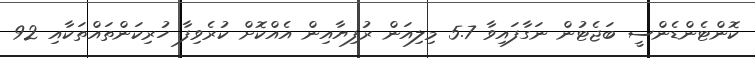
ކޮންޓެންޑެންސީ ބަޖެޓުން ނަގާފައިވާ 5.7 މިލިއަން ރުފިޔާއިން އެއްކޮށް ކުރެވިފާ ހުރިކަންތައްތަކާާއި 92